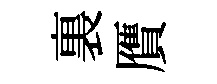
裏贋